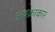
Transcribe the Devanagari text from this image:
अवक्राकार